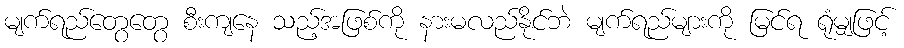
မျက်ရည်တွေတွေ စီးကျနေ သည့်အဖြစ်ကို နားမလည်နိုင်ဘဲ မျက်ရည်များကို မြင်ရ ရုံမျှဖြင့်